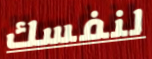
لنفسك